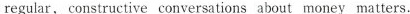
regular, constructive conversations about money matters.